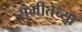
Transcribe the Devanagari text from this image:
संगीतेच्या